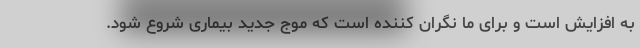
به افزایش است و برای ما نگران کننده است که موج جدید بیماری شروع شود.